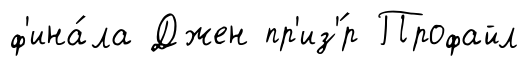
ф'ина́ла Джен пр'из'́р Профайл